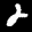
Label: 2